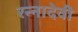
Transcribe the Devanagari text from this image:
रन्‍नादेवी